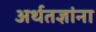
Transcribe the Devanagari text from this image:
अर्थतज्ञांना